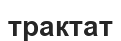
трактат